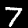
Digit: 7